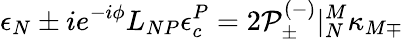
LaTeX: \epsilon_{N}\pm ie^{-i\phi}L_{NP}\epsilon_{c}^{P}=2{\cal P}_{\pm}^{(-)}|_{N}^{M}\kappa_{M\mp}